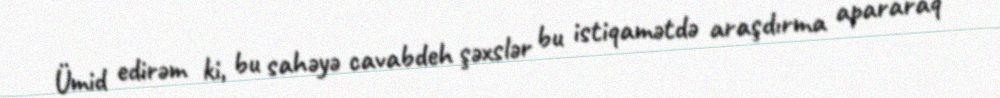
Ümid edirəm ki, bu sahəyə cavabdeh şəxslər bu istiqamətdə araşdırma apararaq